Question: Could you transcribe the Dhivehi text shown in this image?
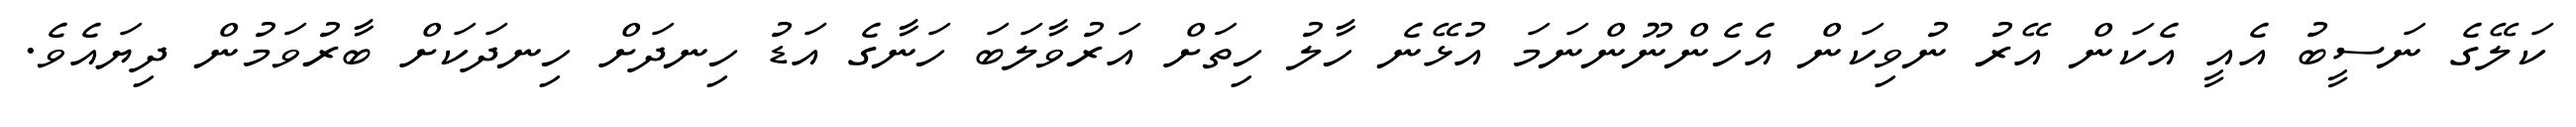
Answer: ކަލޭގެ ނަސީބު އެއީ އެކަން އޭރު ނުވިކަން އެހެންނޫންނަމަ އުޅޭނެ ހާލު ހިތަށް އަރުވާލަބަ ހަނާގެ އަޑު ހިނދަށް ހިނދަކަށް ބާރުވަމުން ދިޔައެވެ.